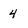
Character: 4